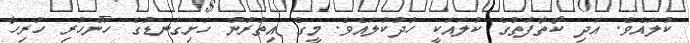
ކުލައެވެ. އަދި ކޯތާފަތުގެ ކުލައަކީ ހުދުކުލައެވެ. މީގެ އިތުރުން ހަށިގަނޑުގެ ހަންހުރި ހުރިހާ